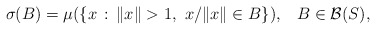
\begin{align*} \sigma(B) = \mu(\{x\, :\, \|x\|>1,\ x/\|x\| \in B\}), \;\;\; B \in {\cal{B}}(S), \end{align*}